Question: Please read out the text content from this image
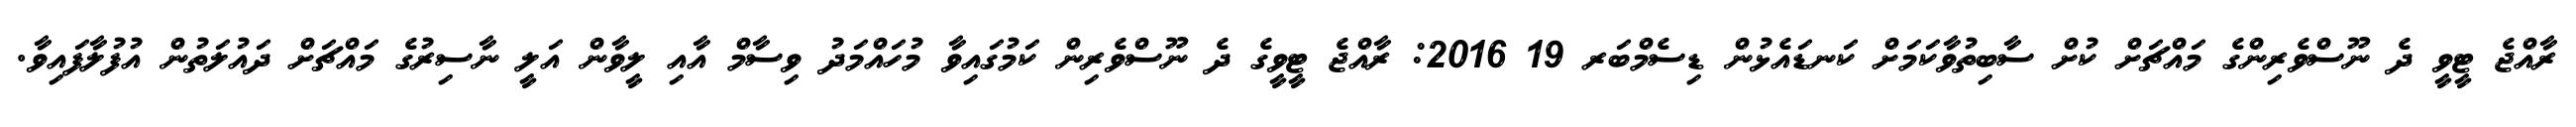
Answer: ރާއްޖެ ޓީވީ ދެ ނޫސްވެރިންގެ މައްޗަށް ކުށް ސާބިތުވާކަމަށް ކަނޑައެޅުން ޑިސެމްބަރ 19 2016: ރާއްޖެ ޓީވީގެ ދެ ނޫސްވެރިން ކަމުގައިވާ މުހައްމަދު ވިސާމް އާއި ލީވާން އަލީ ނާސިރުގެ މައްޗަށް ދައުލަތުން އުފުލާފައިވާ.